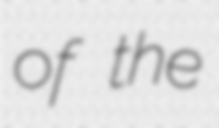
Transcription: of the